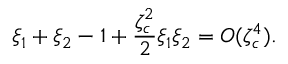
\xi _ { 1 } + \xi _ { 2 } - 1 + \frac { \zeta _ { c } ^ { 2 } } { 2 } \xi _ { 1 } \xi _ { 2 } = O ( \zeta _ { c } ^ { 4 } ) .